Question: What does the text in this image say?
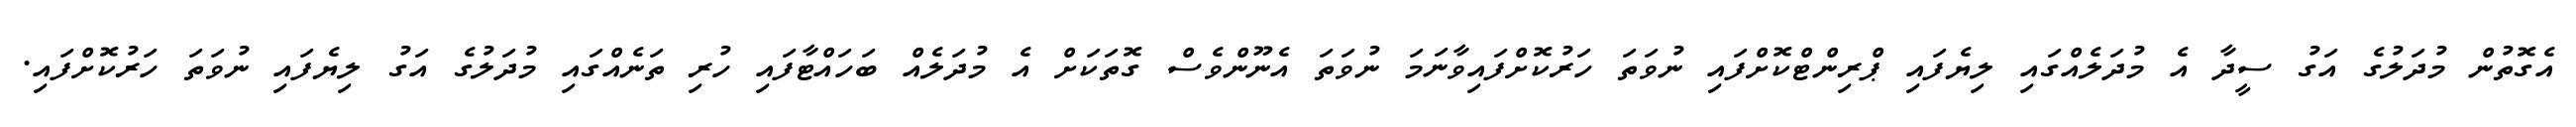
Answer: އެގޮތުން މުދަލުގެ އަގު ސީދާ އެ މުދަލެއްގައި ލިޔެފައި ޕްރިންޓްކޮށްފައި ނުވަތަ ހަރުކޮށްފައިވާނަމަ ނުވަތަ އެނޫންވެސް ގޮތަކަށް އެ މުދަލެއް ބަހައްޓާފައި ހުރި ތަނެއްގައި މުދަލުގެ އަގު ލިޔެފައި ނުވަތަ ހަރުކޮށްފައި.